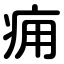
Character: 痈